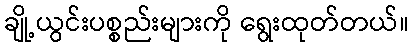
ချို့ယွင်းပစ္စည်းများကို ရွေးထုတ်တယ်။